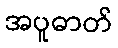
အပူဓာတ်